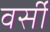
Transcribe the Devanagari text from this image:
वर्सी